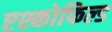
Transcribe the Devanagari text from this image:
एश्कोफिल्ड